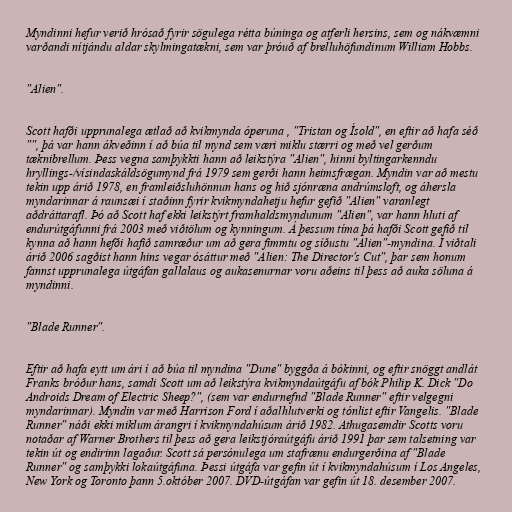
Myndinni hefur verið hrósað fyrir sögulega rétta búninga og atferli hersins, sem og nákvæmni
varðandi nítjándu aldar skylmingatækni, sem var þróuð af brelluhöfundinum William Hobbs.

"Alien".

Scott hafði upprunalega ætlað að kvikmynda óperuna , "Tristan og Ísold", en eftir að hafa séð
"", þá var hann ákveðinn í að búa til mynd sem væri miklu stærri og með vel gerðum
tæknibrellum. Þess vegna samþykkti hann að leikstýra "Alien", hinni byltingarkenndu
hryllings-/vísindaskáldsögumynd frá 1979 sem gerði hann heimsfrægan. Myndin var að mestu
tekin upp árið 1978, en framleiðsluhönnun hans og hið sjónræna andrúmsloft, og áhersla
myndarinnar á raunsæi í staðinn fyrir kvikmyndahetju hefur gefið "Alien" varanlegt
aðdráttarafl. Þó að Scott haf ekki leikstýrt framhaldsmyndunum "Alien", var hann hluti af
endurútgáfunni frá 2003 með viðtölum og kynningum. Á þessum tíma þá hafði Scott gefið til
kynna að hann hefði hafið samræður um að gera fimmtu og síðustu "Alien"-myndina. Í viðtali
árið 2006 sagðist hann hins vegar ósáttur með "Alien: The Director's Cut", þar sem honum
fannst upprunalega útgáfan gallalaus og aukasenurnar voru aðeins til þess að auka söluna á
myndinni.

"Blade Runner".

Eftir að hafa eytt um ári í að búa til myndina "Dune" byggða á bókinni, og eftir snöggt andlát
Franks bróður hans, samdi Scott um að leikstýra kvikmyndaútgáfu af bók Philip K. Dick "Do
Androids Dream of Electric Sheep?", (sem var endurnefnd "Blade Runner" eftir velgegni
myndarinnar). Myndin var með Harrison Ford í aðalhlutverki og tónlist eftir Vangelis. "Blade
Runner" náði ekki miklum árangri í kvikmyndahúsum árið 1982. Athugasemdir Scotts voru
notaðar af Warner Brothers til þess að gera leikstjóraútgáfu árið 1991 þar sem talsetning var
tekin út og endirinn lagaður. Scott sá persónulega um stafrænu endurgerðina af "Blade
Runner" og samþykki lokaútgáfuna. Þessi útgáfa var gefin út í kvikmyndahúsum í Los Angeles,
New York og Toronto þann 5.október 2007. DVD-útgáfan var gefin út 18. desember 2007.